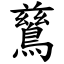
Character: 鶿